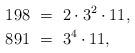
LaTeX: \begin{align*} 198 &\ =\ 2\cdot 3^2\cdot 11,\\ 891 &\ =\ 3^4\cdot 11,\end{align*}